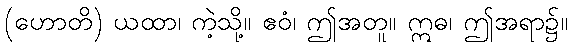
(ဟောတိ) ယထာ၊ ကဲ့သို့။ ဧဝံ၊ ဤအတူ။ ဣဓ၊ ဤအရာ၌။